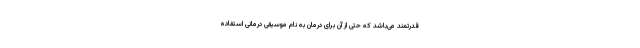
قدرتمند می‌باشد که حتی از آن برای درمان به نام موسیقی درمانی استفاده